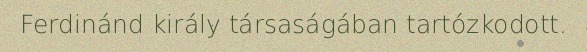
Ferdinánd király társaságában tartózkodott.